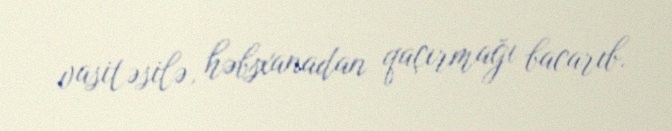
vasitəsilə, həbsxanadan qaçırmağı bacarıb.